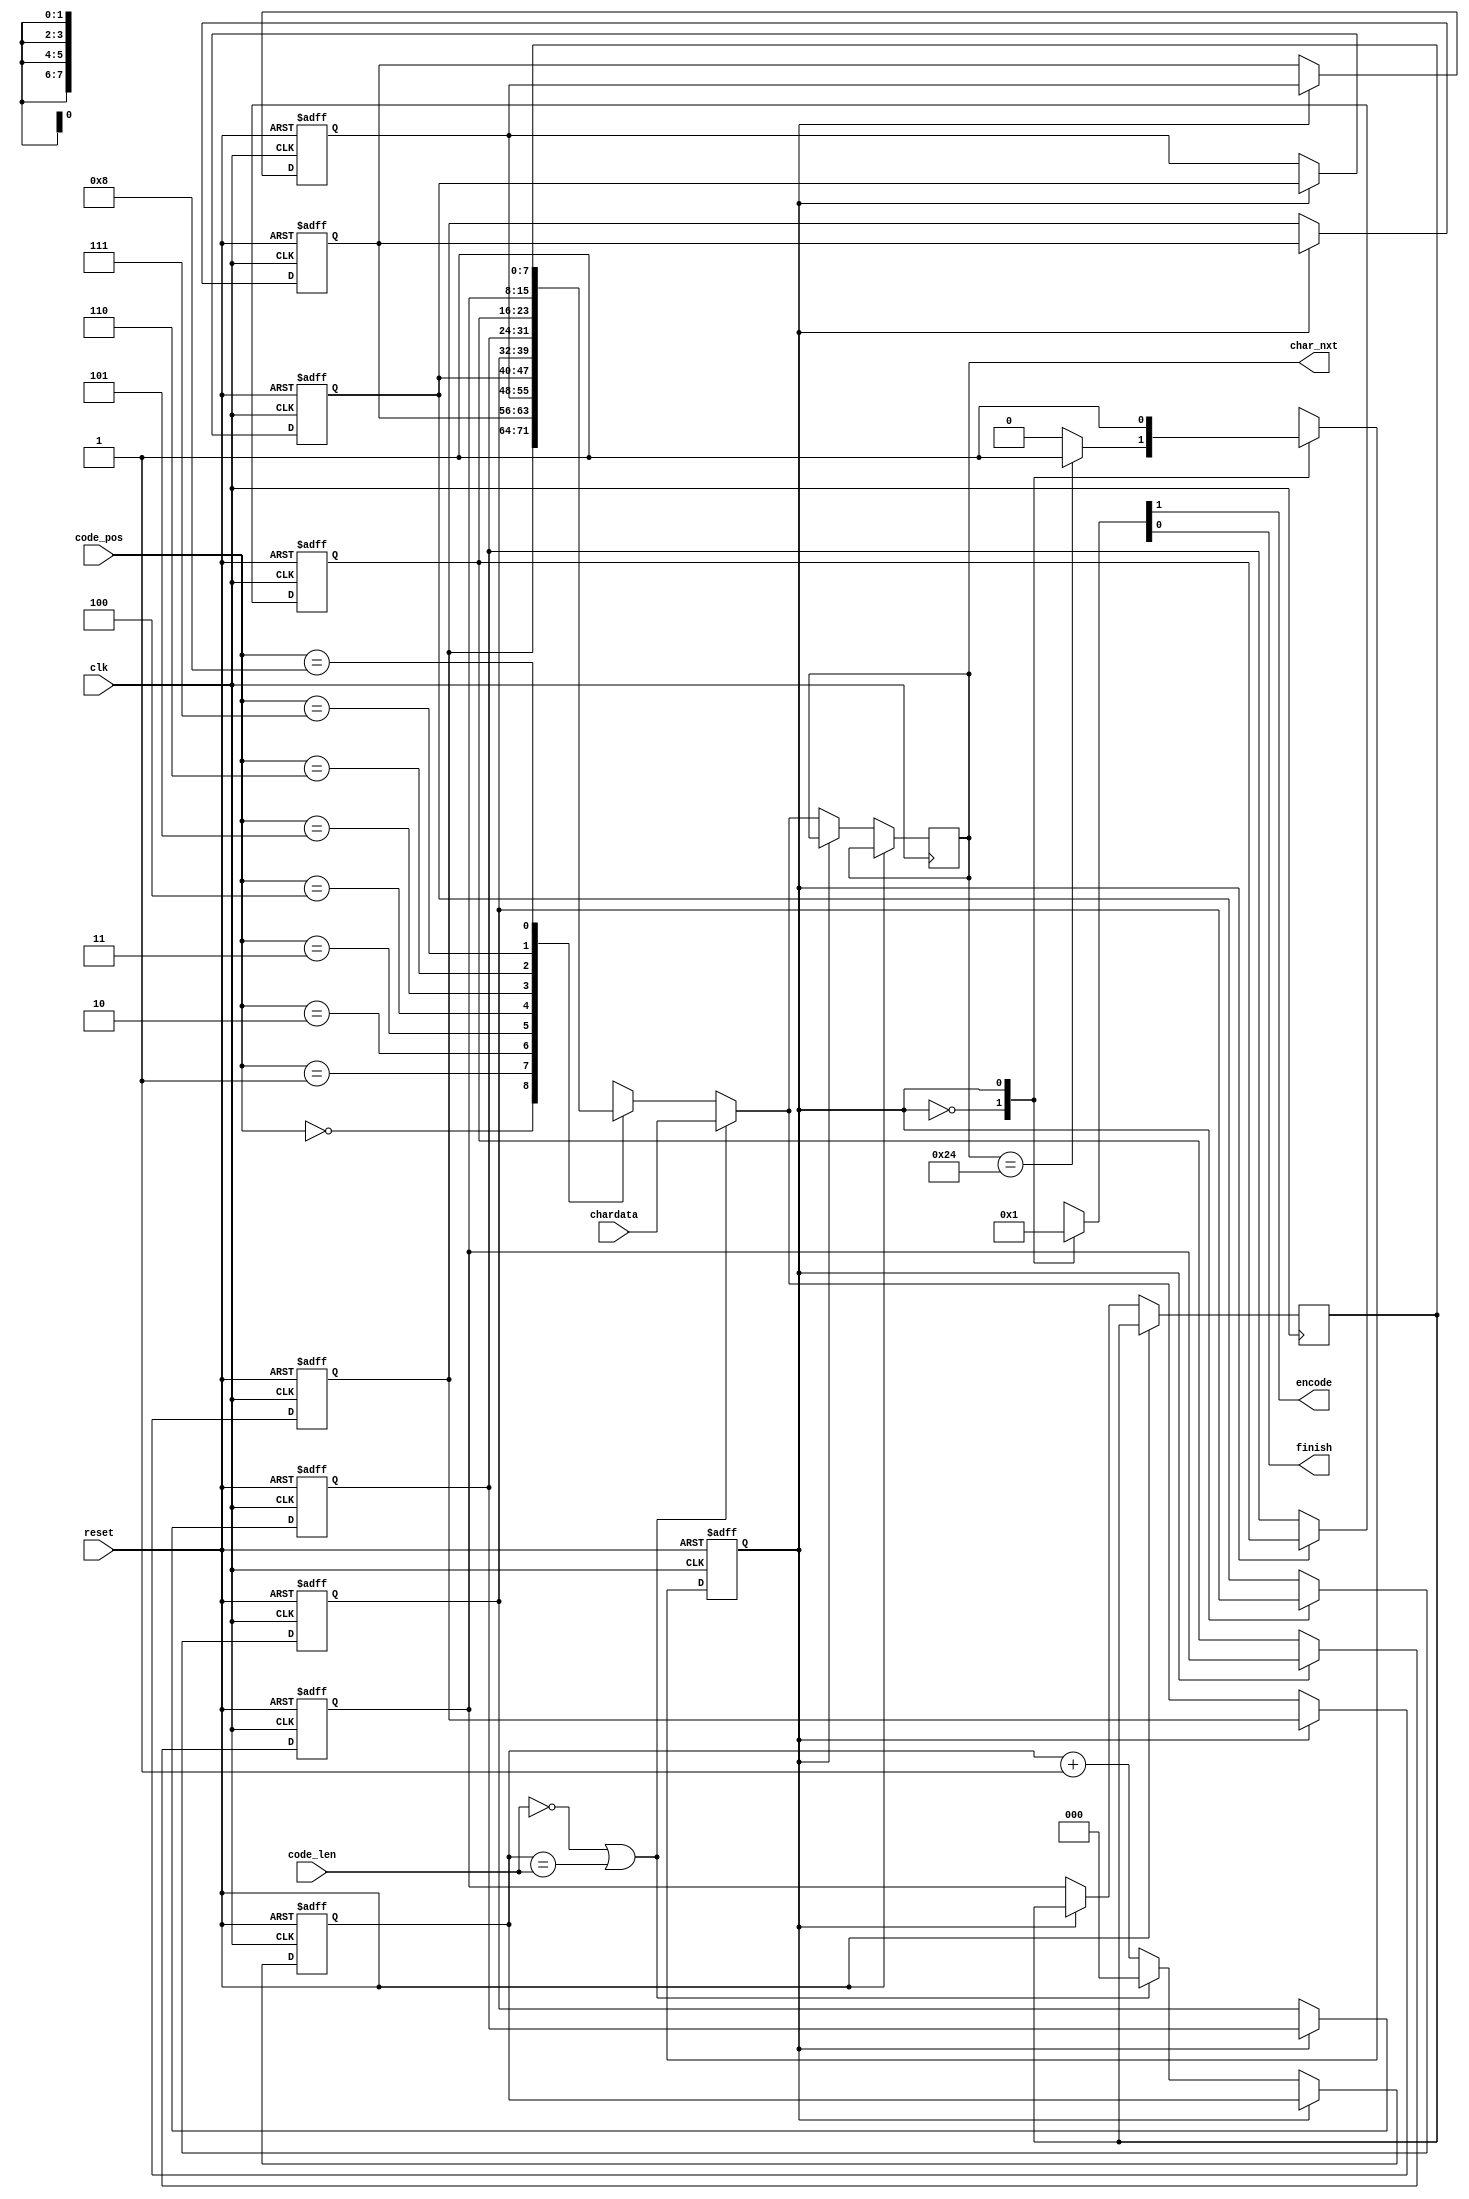
module LZ77_Decoder(clk,reset,code_pos,code_len,chardata,encode,finish,char_nxt);

input 				clk;
input 				reset;
input 		[3:0] 	code_pos;
input 		[2:0] 	code_len;
input 		[7:0] 	chardata;
output  reg			encode;
output reg 			finish;
output 	 reg 	[7:0] 	char_nxt;

reg [7:0] data [8:0];
reg [2:0] count;
integer i;
reg  cstat,nstat;
parameter a0=0, a1=1;
always @ (posedge clk or posedge reset)begin
    if(reset)begin  
      for(i=0;i<8;i=i+1)
      begin
          data[i]<=0;
      end
      count<=0;
      cstat<=a0;
      //finish <=0;
    end
    else begin
      cstat <= nstat;
         if(cstat==a0)begin
          data[1]<=data[0];
          data[2]<=data[1];
          data[3]<=data[2];
          data[4]<=data[3];
          data[5]<=data[4];
          data[6]<=data[5];
          data[7]<=data[6];
          data[8]<=data[7]; 
          if(code_len==0 || count==code_len)begin
              char_nxt<=chardata;
              data[0]<=chardata;
              count<=0;
          end
          else begin
           char_nxt<=data[code_pos];
           data[0]<=data[code_pos];
           count<=count+1;
          end
         end         
     end      
end
always @(*)begin
  case(cstat)  
    a0:begin
      if(char_nxt == 8'h24)begin
       nstat=a1;
      end
      else 
      nstat=a0;
    end
    a1:begin
      nstat=a1;
    end
  endcase
end
always @(*)begin
  case(cstat)  
    a0:begin
     {encode,finish}=2'b00;
   end
    a1:begin
      {encode,finish}=2'b01;
      end
      endcase
end
endmodule